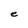
Character: e